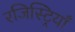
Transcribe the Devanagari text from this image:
रजिस्ट्रियाँ